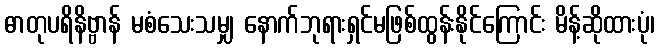
ဓာတုပရိနိဗ္ဗာန် မစံသေးသမျှ နောက်ဘုရားရှင်မဖြစ်ထွန်းနိုင်ကြောင်း မိန့်ဆိုထားပုံ၊